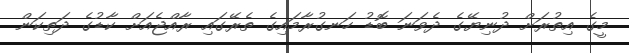
މީގެ އިތުރަށް ދުނިޔޭގެ ދެވަނަ ބޮޑު ހަނގުރާމައިގެ ތެރޭގައި ރާއްޖެއަށް ކާޑުގެ ދަތިކަން